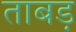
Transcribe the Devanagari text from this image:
ताबड़